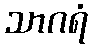
သာဂရံ